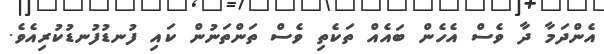
އެންދަމާ ދާ ވެސް އެހެން ބައެއް ތަކެތި ވެސް ތަންތަނުން ކައި ފުނޑުފުނޑުކުރިއެވެ.